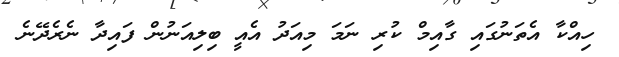
ހިއްކާ އެތަނުގައި ގާއިމް ކުރި ނަމަ މިއަދު އެއީ ބިލިއަނުން ފައިދާ ނެރެދޭނެ